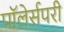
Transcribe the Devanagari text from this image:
पॉलेर्सपरी